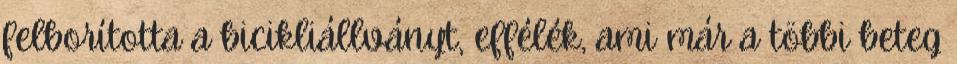
felborította a bicikliállványt, effélék, ami már a többi beteg